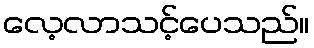
လေ့လာသင့်ပေသည်။